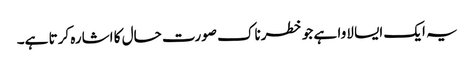
یہ ایک ایسا لاوا ہے جو خطرناک صورت حال کا اشارہ کرتا ہے۔